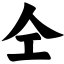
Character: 仝